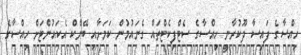
ހިއްސާގެ ފައިސާ ދޫކުރާނީ ހިއްސާގެ ސެޓްފިކެޓްތައް ގެނައުމުން ކަމަށާއި ބޭންކް އެކައުންޓަށް ހިއްސާގެ